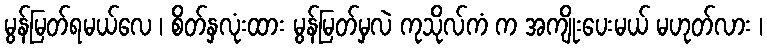
မွန်မြတ်ရမယ်လေ ၊ စိတ်နှလုံးထား မွန်မြတ်မှလဲ ကုသိုလ်ကံ က အကျိုးပေးမယ် မဟုတ်လား ၊